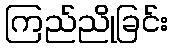
ကြည်ညိုခြင်း